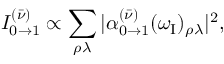
I _ { 0 \to 1 } ^ { ( \bar { \nu } ) } \propto \sum _ { \rho \lambda } | \alpha _ { 0 \to 1 } ^ { ( \bar { \nu } ) } ( \omega _ { \mathrm { I } } ) _ { \rho \lambda } | ^ { 2 } ,